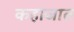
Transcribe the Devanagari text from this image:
कहाजात